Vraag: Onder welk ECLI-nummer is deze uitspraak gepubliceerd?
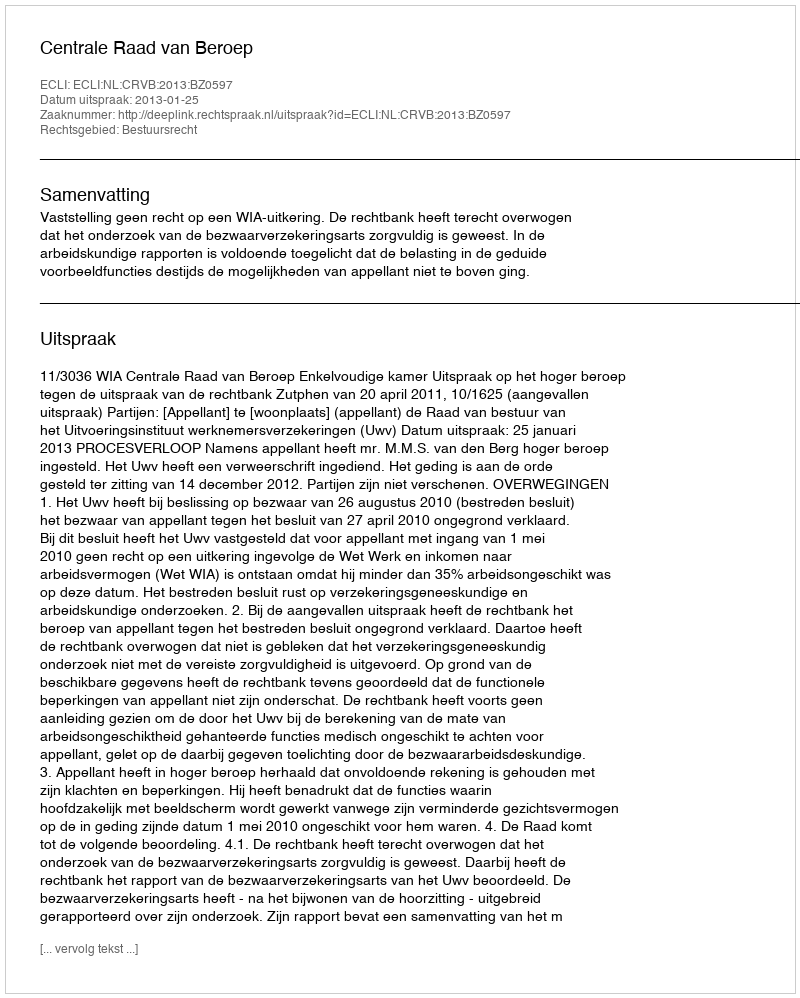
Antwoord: ECLI:NL:CRVB:2013:BZ0597